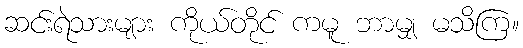
ဆင်းရဲသားများ ကိုယ်တိုင် ကမူ ဘာမျှ မသိကြ။